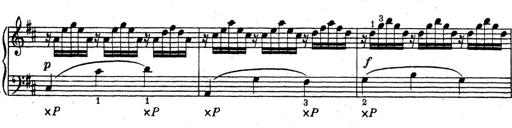
Title: ÄŒeskÃ© Sonatiny
Composer: Various